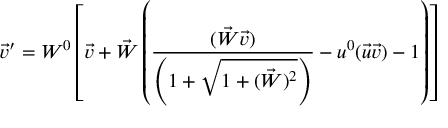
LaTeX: \vec { v } ^ { \prime } = W ^ { 0 } \left[ \vec { v } + \vec { W } \left( \frac { ( \vec { W } \vec { v } ) } { \left( 1 + \sqrt { 1 + ( \vec { W } ) ^ { 2 } } \right) } - u ^ { 0 } ( \vec { u } \vec { v } ) - 1 \right) \right]